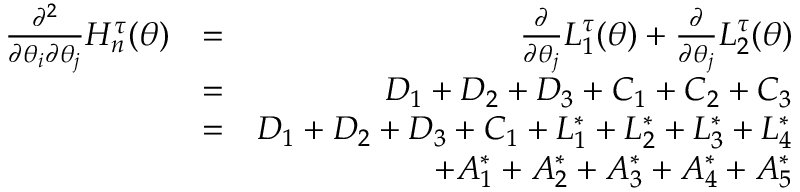
\begin{array} { r l r } { \frac { \partial ^ { 2 } } { \partial \theta _ { i } \partial \theta _ { j } } H _ { n } ^ { \tau } ( \boldsymbol { \theta } ) } & { = } & { \frac { \partial } { \partial \theta _ { j } } L _ { 1 } ^ { \tau } ( \boldsymbol { \theta } ) + \frac { \partial } { \partial \theta _ { j } } L _ { 2 } ^ { \tau } ( \boldsymbol { \theta } ) } \\ & { = } & { D _ { 1 } + D _ { 2 } + D _ { 3 } + C _ { 1 } + C _ { 2 } + C _ { 3 } } \\ & { = } & { D _ { 1 } + D _ { 2 } + D _ { 3 } + C _ { 1 } + L _ { 1 } ^ { \ast } + L _ { 2 } ^ { \ast } + L _ { 3 } ^ { \ast } + L _ { 4 } ^ { \ast } } \\ & { } & { + A _ { 1 } ^ { \ast } + A _ { 2 } ^ { \ast } + A _ { 3 } ^ { \ast } + A _ { 4 } ^ { \ast } + A _ { 5 } ^ { \ast } } \end{array}